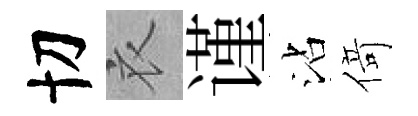
切衣谨沾𠋣